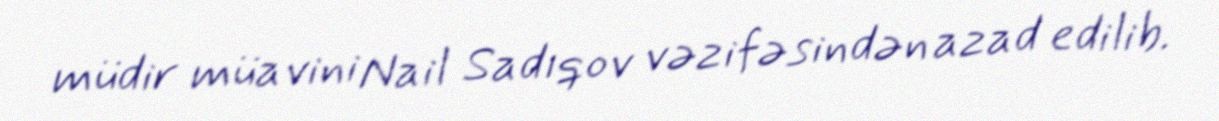
müdir müavini Nail Sadıqov vəzifəsindən azad edilib.